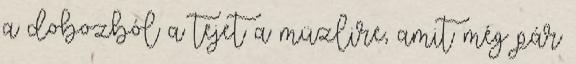
a dobozból a tejet a müzlire, amit még pár